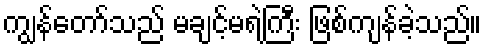
ကျွန်တော်သည် မချင့်မရဲကြီး ဖြစ်ကျန်ခဲ့သည်။